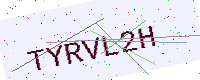
Text: TYRVL2H